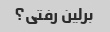
برلین رفتی؟